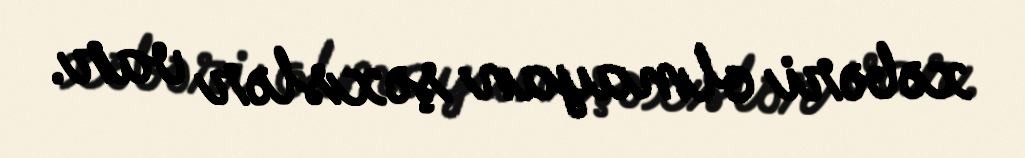
xəbəri olmayan şəxslər var.